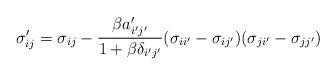
LaTeX: \begin{align*}\sigma_{ij}'=\sigma_{ij}-\frac{\beta a_{i'j'}'}{1+\beta\delta_{i'j'}}(\sigma_{ii'}-\sigma_{ij'})(\sigma_{ji'}-\sigma_{jj'})\end{align*}